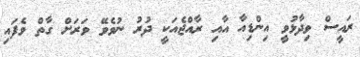
ރައީސް ވިދާޅުވީ އިންޑިއާ އާއި ރާއްޖެއަކީ ދުރު ނުވެވޭ ވަރަށް ގާތް ވެފައި